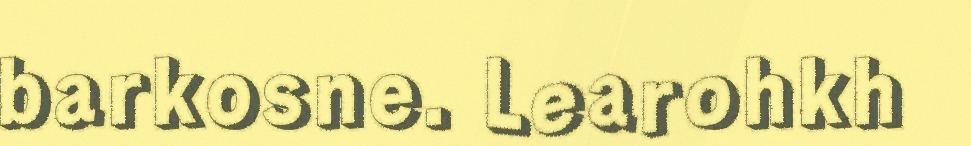
barkosne. Learohkh